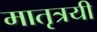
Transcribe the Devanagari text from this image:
मातृत्रयी